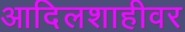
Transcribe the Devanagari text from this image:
आदिलशाहीवर